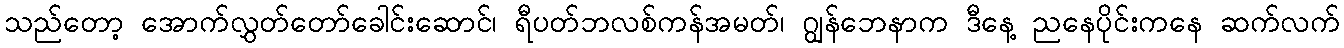
သည်တော့ အောက်လွှတ်တော်ခေါင်းဆောင်၊ ရီပတ်ဘလစ်ကန်အမတ်၊ ဂျွန်ဘေနာက ဒီနေ့ ညနေပိုင်းကနေ ဆက်လက်